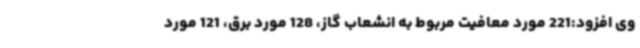
وی افزود:221 مورد معافیت مربوط به انشعاب گاز، 128 مورد برق، 121 مورد